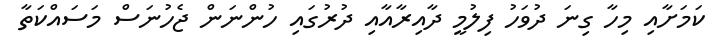
ކަމަށާއި މިހާ ގިނަ ދުވަހު ފިލުމީ ދާއިރާއާއި ދުރުގައި ހުންނަން ޖެހުނަސް މަސައްކަތާ